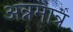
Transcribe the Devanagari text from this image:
अन्नमात्र